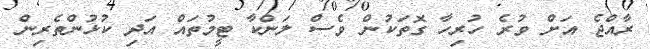
ރާއްޖެ އަށް ވުރެ ހުރިހާ ގޮތަކުން ވެސް ލަންކާ ޓީމުތައް އަދި ކުޅުންތެރިން